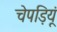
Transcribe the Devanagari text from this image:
चेपड़ियूं